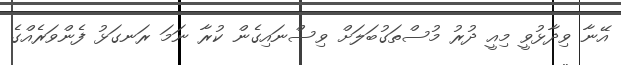
އޭނާ ވިދާޅުވީ މިއީ ދުރު މުސްތަގުބަލަށް ވިސްނައިގެން ކުރާ ނަމަ ރަނގަޅު ފެންވަރެއްގެ